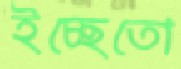
ইচ্ছেতো